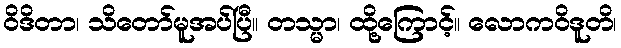
ဝိဒိတာ၊ သိတော်မူအပ်ပြီ။ တသ္မာ၊ ထို့ကြောင့်။ လောကဝိဒူတိ၊